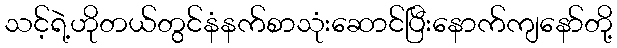
သင့်ရဲ့ဟိုတယ်တွင်နံနက်စာသုံးဆောင်ပြီးနောက်ကျနော်တို့